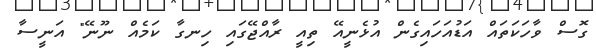
ގޮސް ވާހަކަތައް އަޑުއަހައިގެން އުޅެނީއޭ ތިއީ ރާއްޖޭގައި ހިނގާ ކަމެއް ނޫނޭ" އަނީސާ